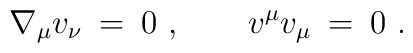
\nabla_\mu v_\nu \: = \: 0\ ,\ \ \ \ \ \  v^\mu v_\mu \: = \: 0\ .